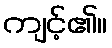
ကျင့်၏။